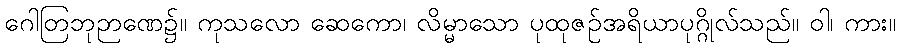
ဂေါတြဘုဉာဏေ၌။ ကုသလော ဆေကော၊ လိမ္မာသော ပုထုဇဉ်အရိယာပုဂ္ဂိုလ်သည်။ ဝါ၊ ကား။